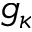
g _ { \kappa }